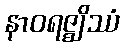
နာဝရဇ္ဈိဿံ